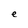
Character: e